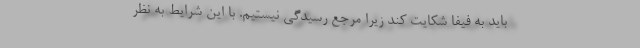
باید به فیفا شکایت کند زیرا مرجع رسیدگی نیستیم. با این شرایط به نظر